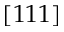
[ 1 1 1 ]